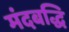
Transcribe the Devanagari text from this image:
मंदबद्धि